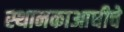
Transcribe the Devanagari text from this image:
स्थानकाआधीचे